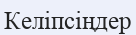
Келіпсіңдер